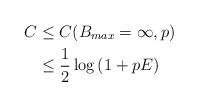
LaTeX: \begin{align*}C & \le C(B_{max} = \infty, p) \\& \leq \frac{1}{2} \log \left(1 + p E \right) \end{align*}